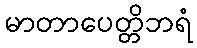
မာတာပေတ္တိဘရံ